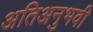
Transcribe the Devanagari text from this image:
अतिअनुभवी